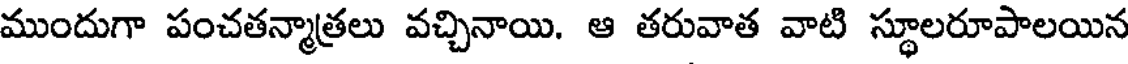
ముందుగా పంచతన్మాత్రలు వచ్చినాయి. ఆ తరువాత వాటి స్థూలరూపాలయిన